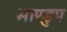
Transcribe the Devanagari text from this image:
भाण्डुप